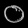
Digit: ၀